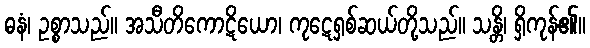
ဓနံ၊ ဥစ္စာသည်။ အသီတိကောဋိယော၊ ကုဋေရှစ်ဆယ်တို့သည်။ သန္တိ၊ ရှိကုန်၏။